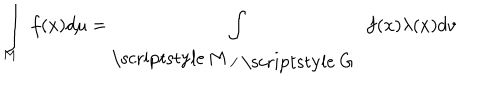
\int _ { M } \ f ( x ) d \mu = \int _ { \raise 1 p t \mathrm { ~ \scriptstyle ~ M ~ } / \lower 1 p t \mathrm { ~ \scriptstyle ~ G ~ } } \ f ( x ) \lambda ( x ) d v